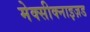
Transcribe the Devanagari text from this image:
मेक्सीक्नाइज़ड